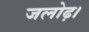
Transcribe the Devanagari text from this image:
जलोढ़।